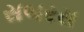
સબરસ